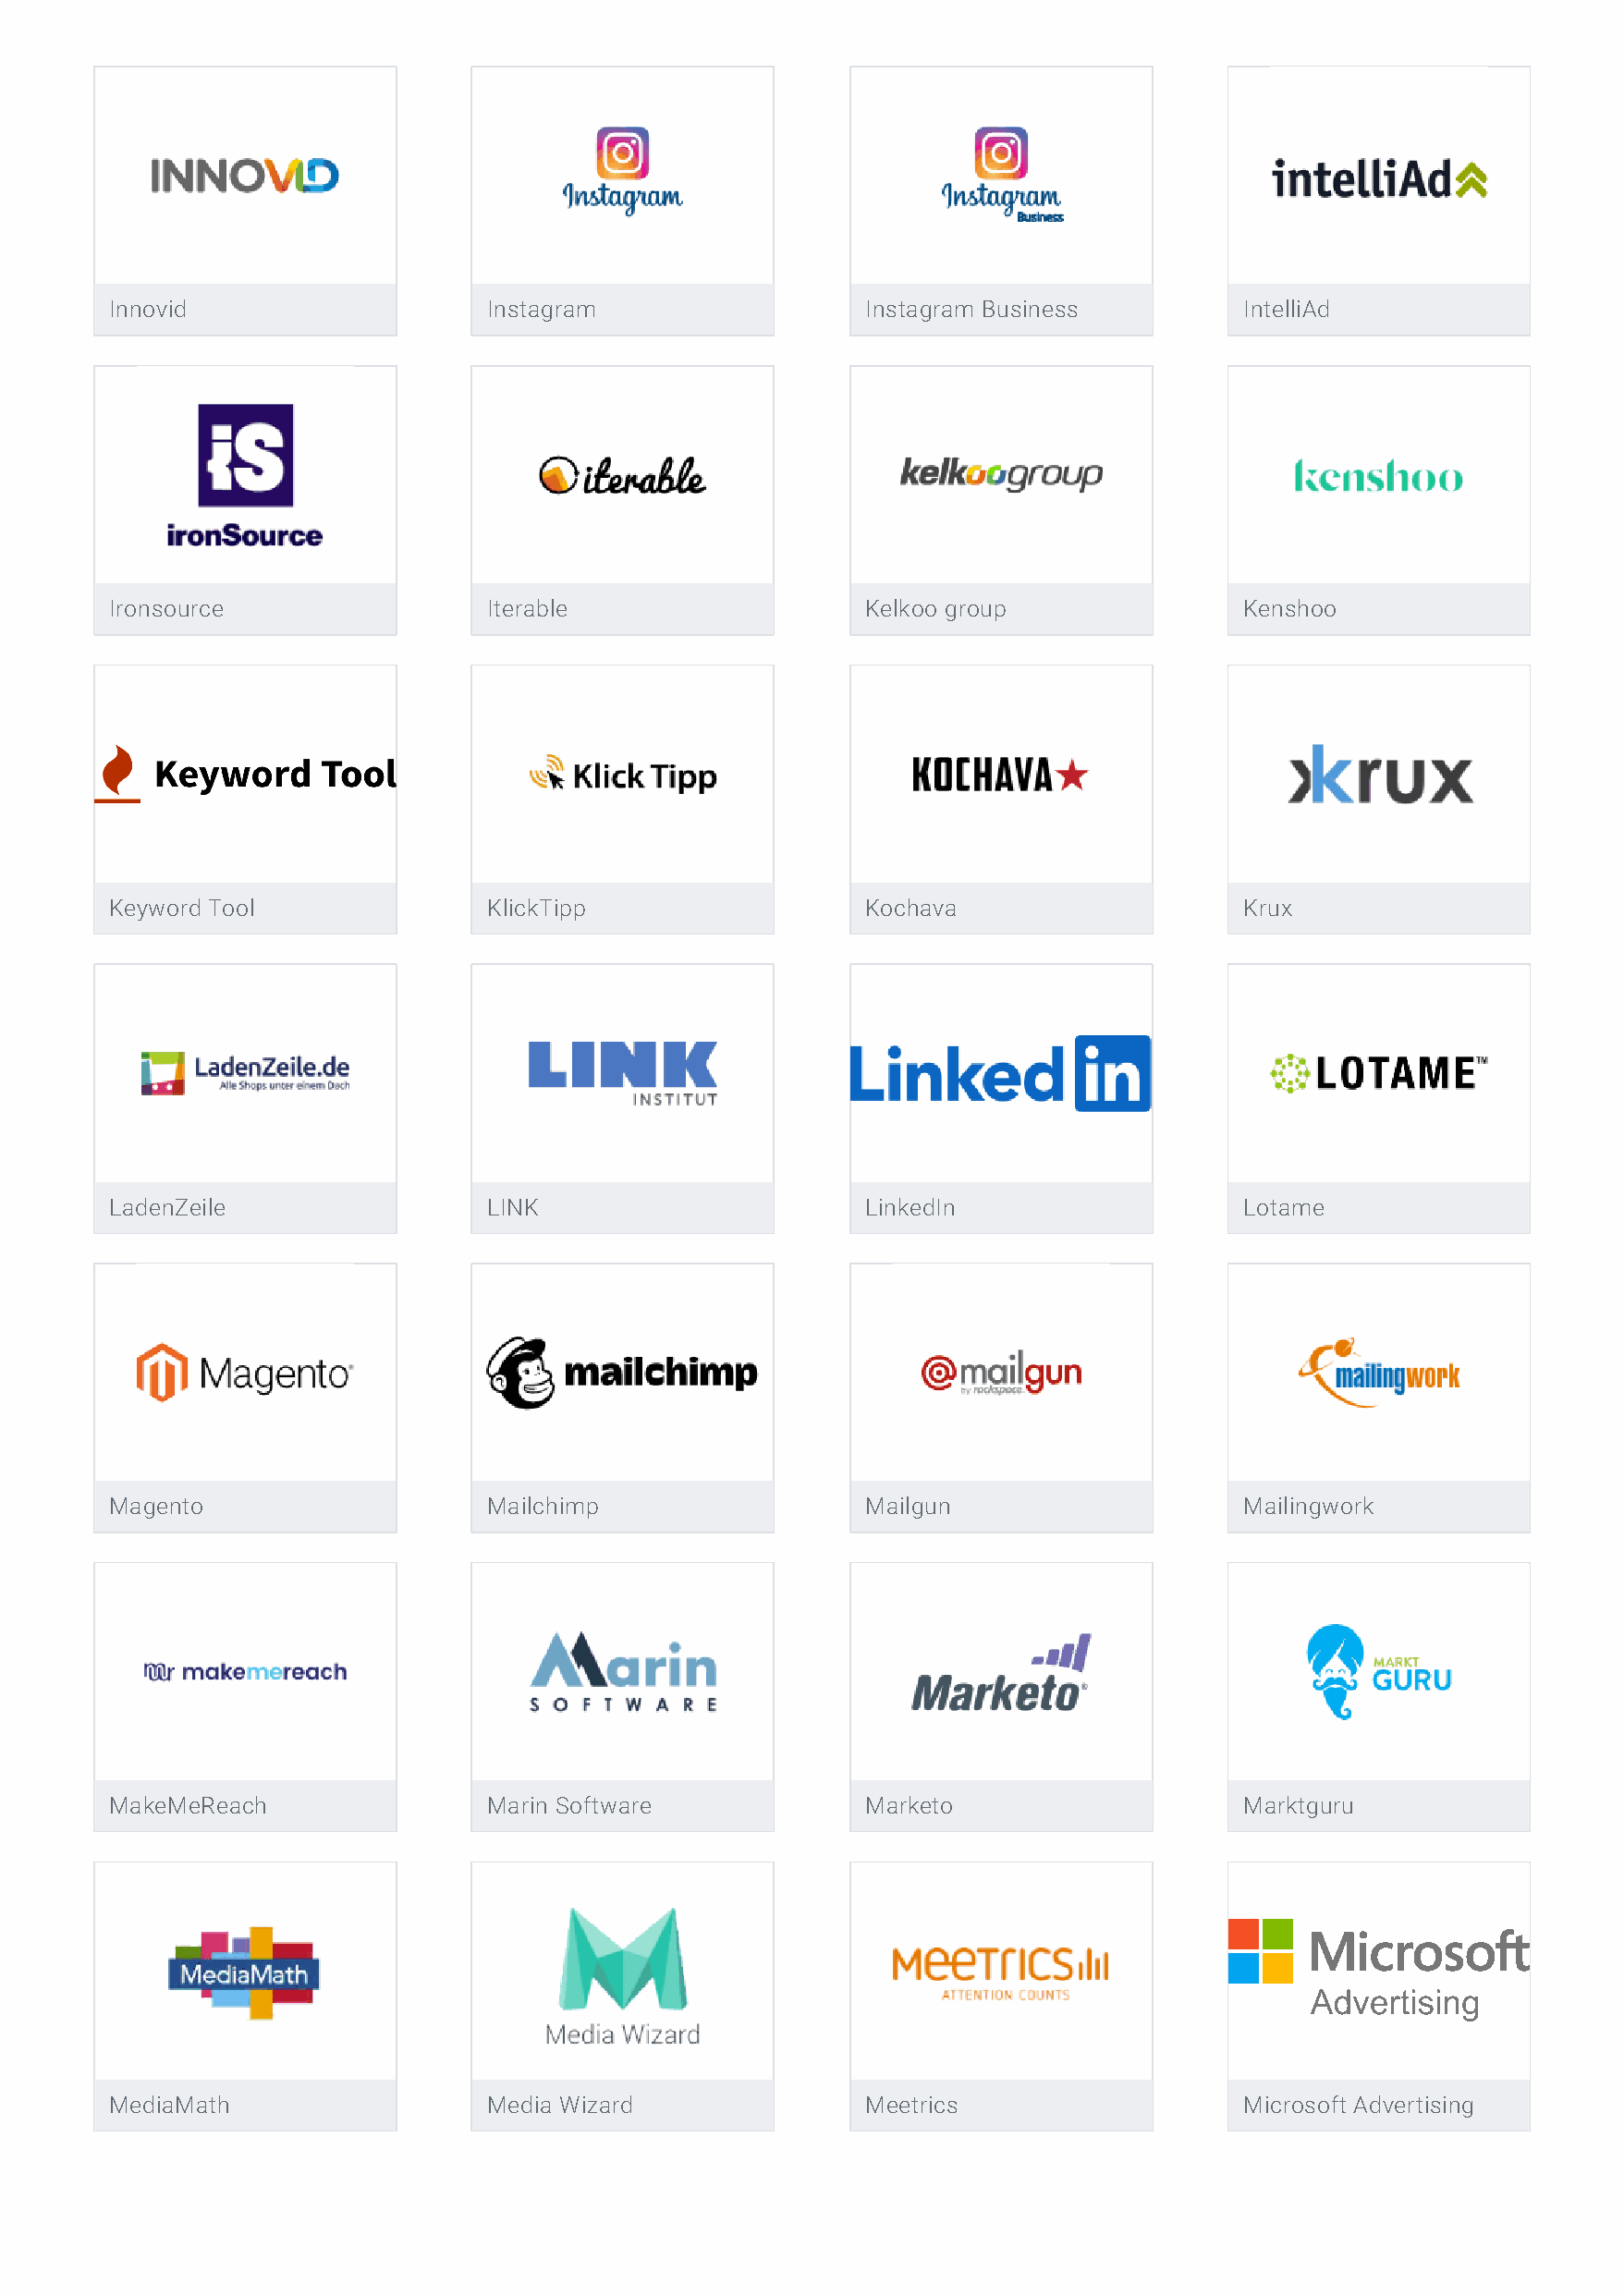
Innovid                    Instagram                  Instagram Business         IntelliAd
 Ironsource                 Iterable                   Kelkoo group               Kenshoo
 Keyword Tool               KlickTipp                  Kochava                    Krux
 LadenZeile                 LINK                       LinkedIn                   Lotame
 Magento                    Mailchimp                  Mailgun                    Mailingwork
 MakeMeReach                Marin Software             Marketo                    Marktguru
 MediaMath                  Media Wizard               Meetrics                   Microsoft Advertising